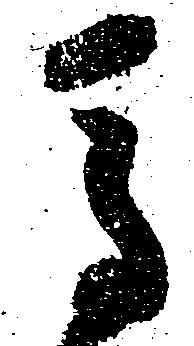
馬